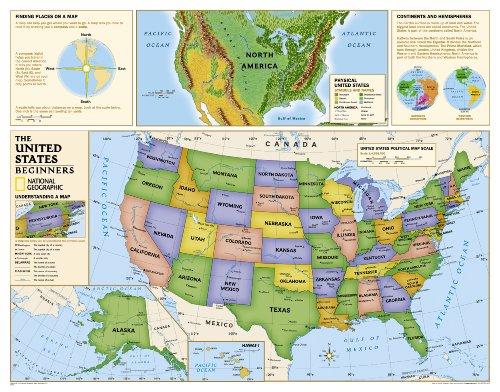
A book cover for Kids Beginners USA Education: Grades K-3 [Laminated] (National Geographic Reference Map); National Geographic Maps - Reference; Reference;